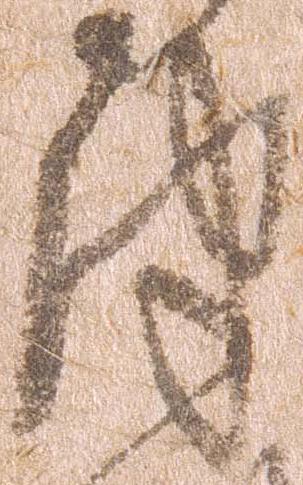
津